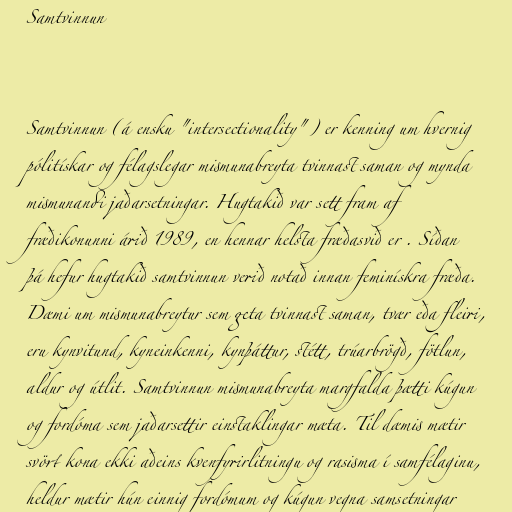
Samtvinnun

Samtvinnun (á ensku "intersectionality") er kenning um hvernig
pólitískar og félagslegar mismunabreyta tvinnast saman og mynda
mismunandi jaðarsetningar. Hugtakið var sett fram af
fræðikonunni árið 1989, en hennar helsta fræðasvið er . Síðan
þá hefur hugtakið samtvinnun verið notað innan feminískra fræða.
Dæmi um mismunabreytur sem geta tvinnast saman, tvær eða fleiri,
eru kynvitund, kyneinkenni, kynþáttur, stétt, trúarbrögð, fötlun,
aldur og útlit. Samtvinnun mismunabreyta margfalda þætti kúgun
og fordóma sem jaðarsettir einstaklingar mæta. Til dæmis mætir
svört kona ekki aðeins kvenfyrirlitningu og rasisma í samfélaginu,
heldur mætir hún einnig fordómum og kúgun vegna samsetningar